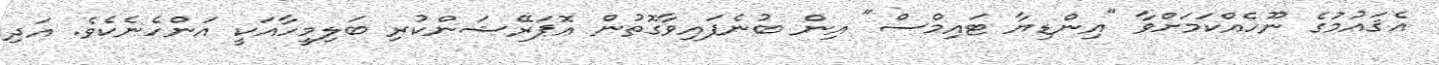
އެޤައުމުގެ ނޫހެއްކަމަށްވާ "އިންޑިޔާ ޓައިމްސް" އިން ބުނެފައިވާގޮތުން އޮޕަރޭޝަންކުރި ބަލިމީހާއަކީ އަންހެނެކެވެ. އަދި